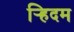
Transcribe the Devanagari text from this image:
र्‍हिदम